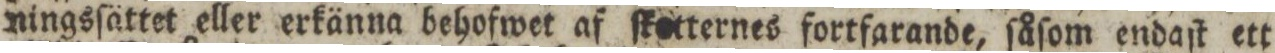
ningsſättet eller erkänna behofwet af ſketternes fortfarande, ſåſom endaſt ett